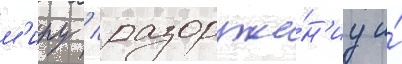
м'иру / разоруже́н'иу и́